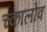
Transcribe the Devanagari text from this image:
च्कालोव